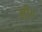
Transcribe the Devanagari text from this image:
मी॥